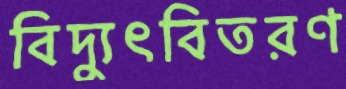
বিদ্যুৎবিতরণ